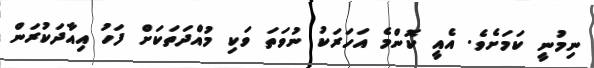
ނިމުނީ ކަމަށެވެ. އެއީ ކޮންމެ އަހަރަކު ނުވަތަ ވަކި މުއްދަތަކަށް ފަހު އިއާދަކުރަން